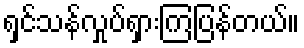
ရှင်သန်လှုပ်ရှားကြပြန်တယ်။